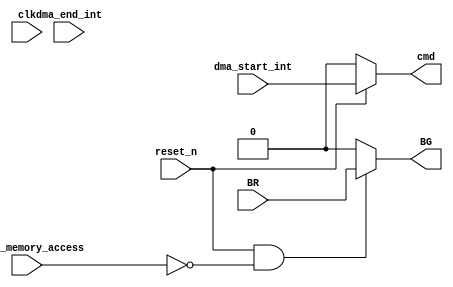
module IO_handler (
    input clk,
    input reset_n,
    // from external device
    input dma_start_int,
    // from dma controller
    input BR,
    input dma_end_int,
    // to dma controller
    output cmd,
    output BG,
    // from dcache
    input cache_memory_access
);

    assign cmd = reset_n ? dma_start_int : 0;
    assign BG = reset_n && !cache_memory_access ? BR : 0;


endmodule